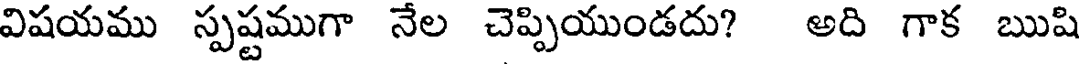
విషయము స్పష్టముగా నేల చెప్పియుండదు? అది గాక ఋషి